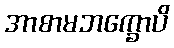
အာစာမဘက္ခောပိ